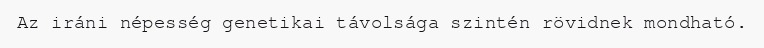
Az iráni népesség genetikai távolsága szintén rövidnek mondható.